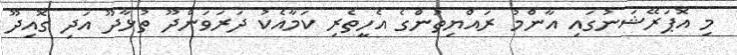
މި އޮޕަރޭޝަނުގައި އާންމު ރައްޔިތުންގެ އެހީތެރި ކަމާއެކު ދަރަވަންދޫ ތުޅާދޫ އަދި ގޮއިދޫ